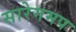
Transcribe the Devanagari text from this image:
सारेगमप